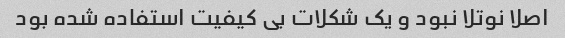
اصلا نوتلا نبود و یک شکلات بی کیفیت استفاده شده بود